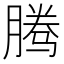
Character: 腾